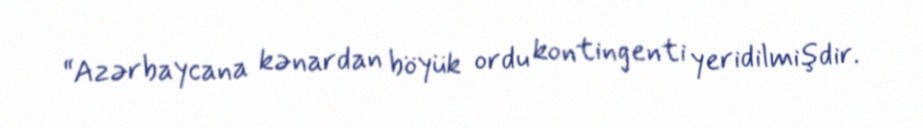
“Azərbaycana kənardan böyük ordu kontingenti yeridilmişdir.